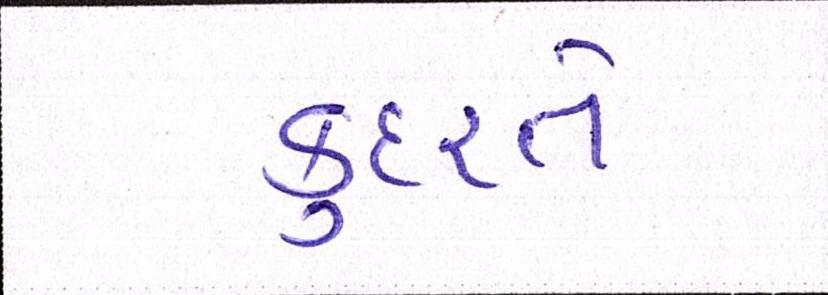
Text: કુદરતે